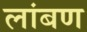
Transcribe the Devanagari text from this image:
लांबण